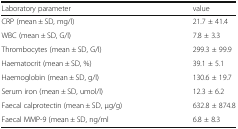
<table><thead><tr><td><b>Laboratory parameter</b></td><td><b>value</b></td></tr></thead><tbody><tr><td>CRP (mean ± SD, mg/l)</td><td>21.7 ± 41.4</td></tr><tr><td>WBC (mean ± SD, G/l)</td><td>7.8 ± 3.3</td></tr><tr><td>Thrombocytes (mean ± SD, G/l)</td><td>299.3 ± 99.9</td></tr><tr><td>Haematocrit (mean ± SD, %)</td><td>39.1 ± 5.1</td></tr><tr><td>Haemoglobin (mean ± SD, g/l)</td><td>130.6 ± 19.7</td></tr><tr><td>Serum iron (mean ± SD, umol/l)</td><td>12.3 ± 6.2</td></tr><tr><td>Faecal calprotectin (mean ± SD, μg/g)</td><td>632.8 ± 874.8</td></tr><tr><td>Faecal MMP-9 (mean ± SD, ng/ml</td><td>6.8 ± 8.3</td></tr></tbody></table>